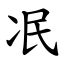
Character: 冺